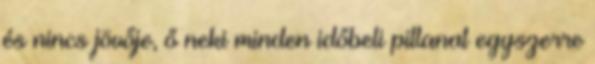
és nincs jövője, ő neki minden időbeli pillanat egyszerre